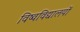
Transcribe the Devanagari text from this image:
विष्वविद्यालयों